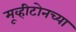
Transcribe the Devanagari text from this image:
मूव्हीटोनच्या